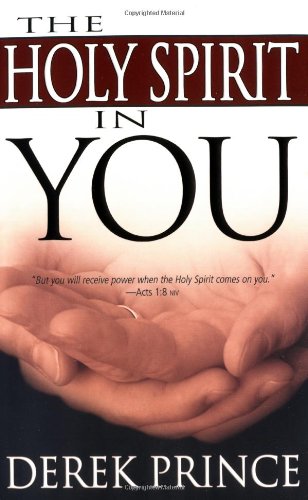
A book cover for Holy Spirit In You; Derek Prince; Christian Books & Bibles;